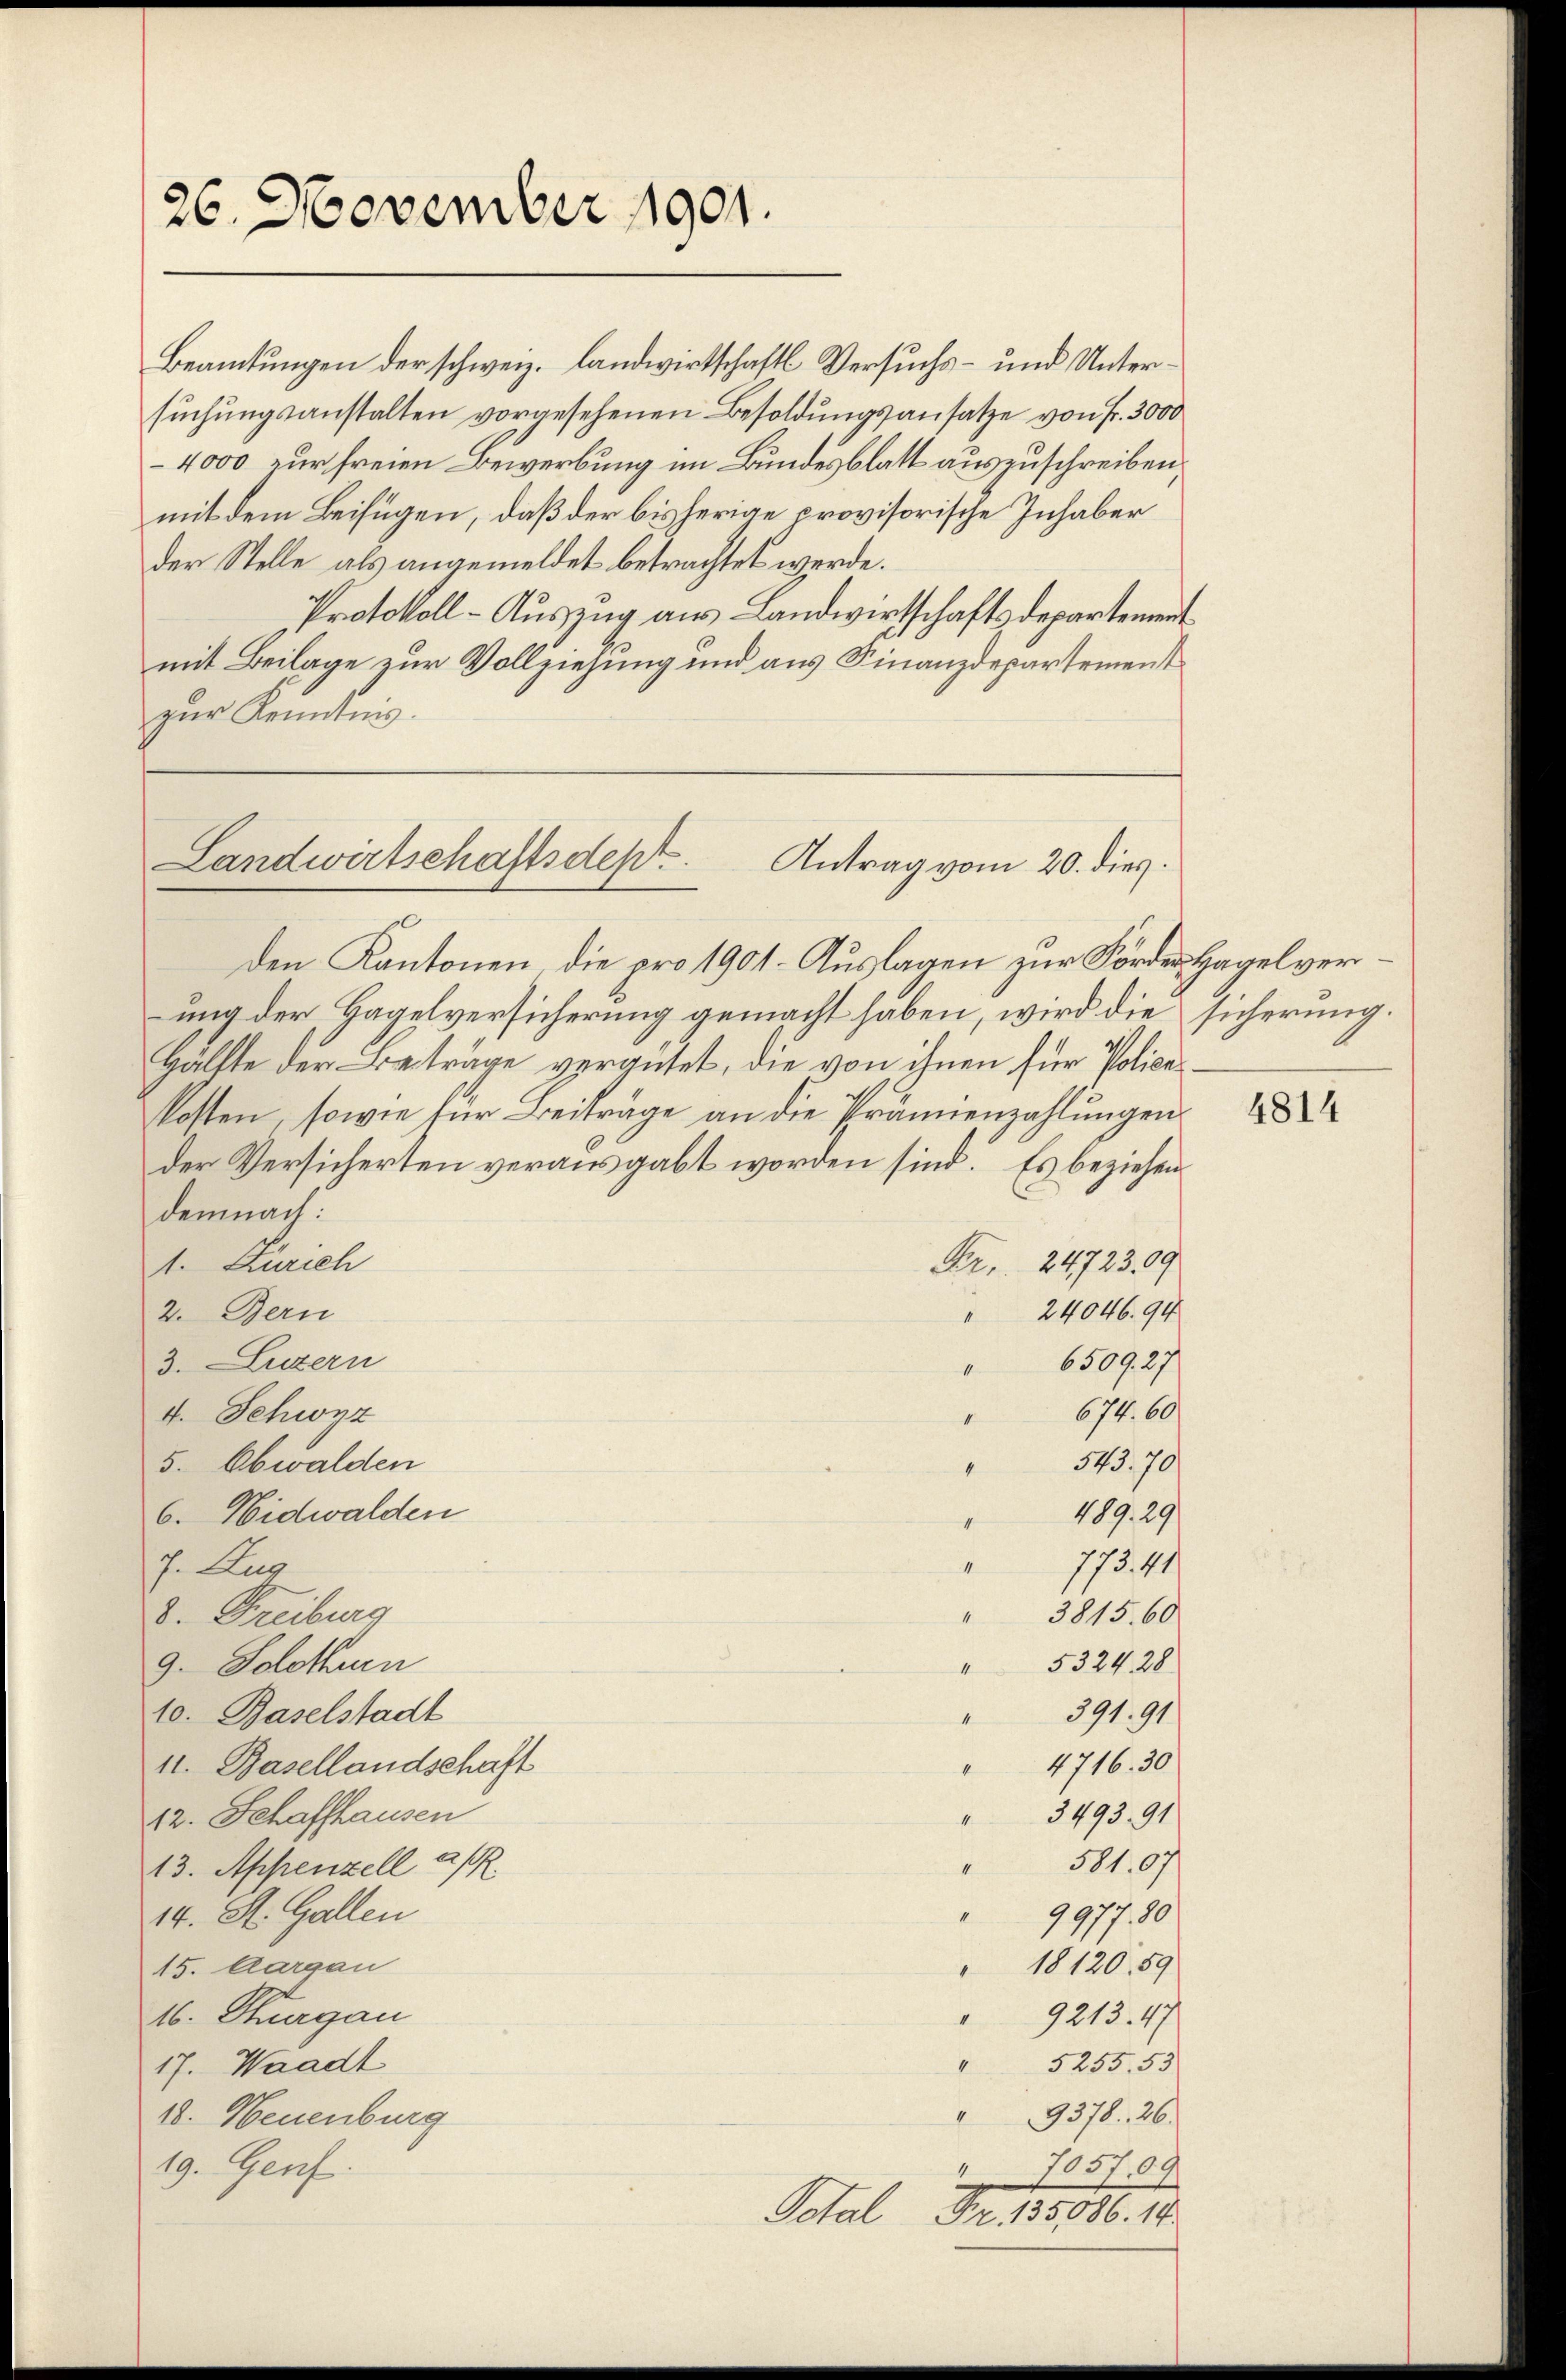
26. November 1901.

Beamtungen der schweiz. Landwirtschaft Versuchs- und Untersŭchŭngsanstalten vorgesehenen Besoldungsansatze von Fr. 3000
4000 zur freien Bewerbung im Bundesblatt auszuschreiben,
mit dem Beifügen, daß der bisherige provisorische Inhaber
der Stelle als angemeldet betrachtet werde.
Protokoll - Auszug aus Landwirtschaftsdepartement
mit Beilage zur Vollziehung und aus Finanzdepartement
zur Kenntnis.

Landwirtschaftsdest
Antrag vom 20. dies

1

den Kantonen die pro 1901. Auslagen zur Förder Hagelverung der Hagelversicherung gemacht haben, wird die sicherung.
Hälfte der Betrage vergütet, die von ihnen für Policakosten, sowie für Beiträge an die Prämienzahlungen
der Versicherten verausgabt worden sind. Es beziehen
demnach:
Fr. 24723.09
1. Zürich
24046. 91
2. Bern
3. Luzern
6509, 27
674. 60
4. Schwyz
543. 70
5. Obwalden
4
489. 29
6. Nidwalden
773. 41
h. Zug
d. Freiburg
" 3815. 60
" 5324. 28
9. Solothurn
" 391. 91
10. Baselstadt
4716. 30
11. Basellandschaft
3493. 91
12. Schaffhausen
31.07
13. Appenzell a/R
14. St. Gallen
9977. 30.
" 18120. 59
15. Aargau
16. Thurgau
9213. 47
" 5255. 55
17. Waadt
9378. 26.
10. Neuenburg
7057.09
4
19. Genf.
Potal Fr. 155886. 11.

4814